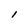
Character: l